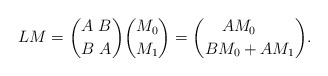
\begin{align*}L M={A \ B \choose B \ A}{M_0 \choose M_1}={A M_0 \ \quad \choose B M_0+A M_1}.\end{align*}